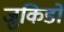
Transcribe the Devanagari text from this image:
जुकिडो